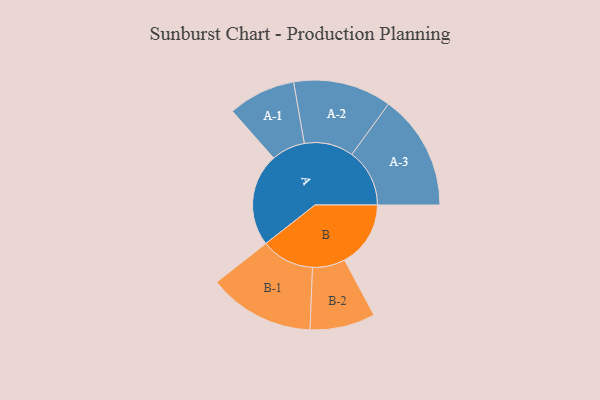
{"axis": {"x": "Segment", "y": "Value"}, "legend": ["", "A", "B"], "data": [{"x": "A", "y": 421, "type": ""}, {"x": "B", "y": 300, "type": ""}, {"x": "A-1", "y": 153, "type": "A"}, {"x": "A-2", "y": 223, "type": "A"}, {"x": "A-3", "y": 262, "type": "A"}, {"x": "B-1", "y": 241, "type": "B"}, {"x": "B-2", "y": 148, "type": "B"}]}